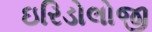
ઇરિડોલોજી